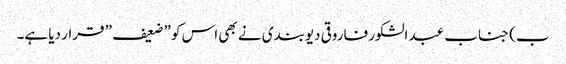
ب) جناب عبد الشکور فاروقی دیوبندی نے بھی اس کو ” ضعیف ” قرار دیا ہے۔